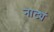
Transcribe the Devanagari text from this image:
नाट्यं